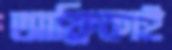
আফ্রিকাই